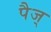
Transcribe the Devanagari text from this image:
पैज्